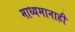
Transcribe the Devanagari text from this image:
माध्यमानाही